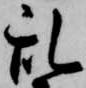
乱